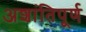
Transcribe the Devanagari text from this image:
अशांतिपूर्ण